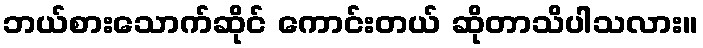
ဘယ်စားသောက်ဆိုင် ကောင်းတယ် ဆိုတာသိပါသလား။